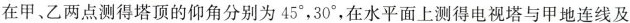
在甲、乙两点测得塔顶的仰角分别为45°，30°，在水平面上测得电视塔与甲地连线及